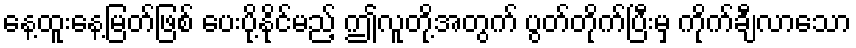
နေ့ထူးနေ့မြတ်ဖြစ် ပေးပို့နိုင်မည့် ဤလူတို့အတွက် ပွတ်တိုက်ပြီးမှ ကိုက်ချီလာသော